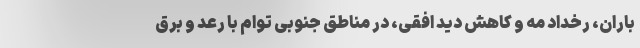
باران، رخداد مه و کاهش دید افقی، در مناطق جنوبی توام با رعد و برق